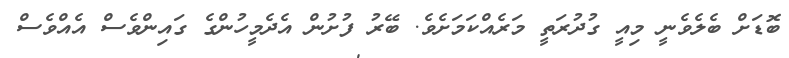
ބޮޑަށް ބެލެވެނީ މިއީ ގުދުރަތީ މަރެއްކަމަށެވެ. ބޭރު ފުށުން އެދެމީހުންގެ ގައިންވެސް އެއްވެސް